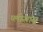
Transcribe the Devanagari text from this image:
प्लीसांस